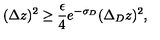
( \Delta z ) ^ { 2 } \ge { \frac { \epsilon } { 4 } } e ^ { - \sigma _ { D } } ( \Delta _ { D } z ) ^ { 2 } ,